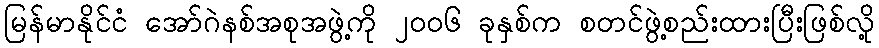
မြန်မာနိုင်ငံ အော်ဂဲနစ်အစုအဖွဲ့ကို ၂ဝဝ၆ ခုနှစ်က စတင်ဖွဲ့စည်းထားပြီးဖြစ်လို့